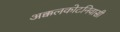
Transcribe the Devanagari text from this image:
अक्कलकोटनिवासी